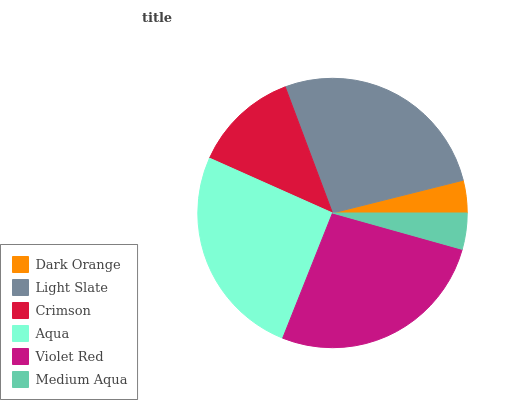
| Dark Orange | Light Slate | Crimson | Aqua | Violet Red | Medium Aqua |
 | --- | --- | --- | --- | --- | --- |
 | 3.9% | 26.7% | 12.6% | 25.6% | 26.7% | 4.35% |